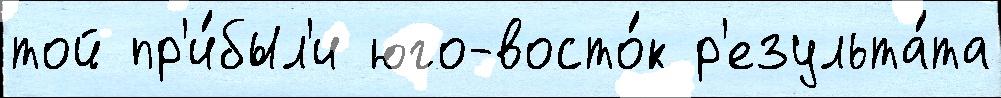
той пр'и́был'и юго-восто́к р'езульта́та